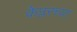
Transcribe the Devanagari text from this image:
केप्लरच्या